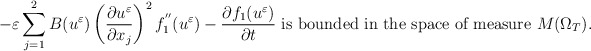
\begin{align*} -\varepsilon\displaystyle\sum_{j=1}^{2}B(u^{\varepsilon})\left(\frac{\partial u^{\varepsilon}}{\partial x_{j}}\right)^{2}f_{1}^{''}(u^{\varepsilon})-\frac{\partial f_{1}(u^{\varepsilon})}{\partial t}\,\,\mbox{is bounded in the space of measure}\,\,M(\Omega_{T}).\end{align*}